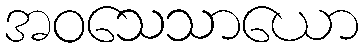
အဝသေသာယော